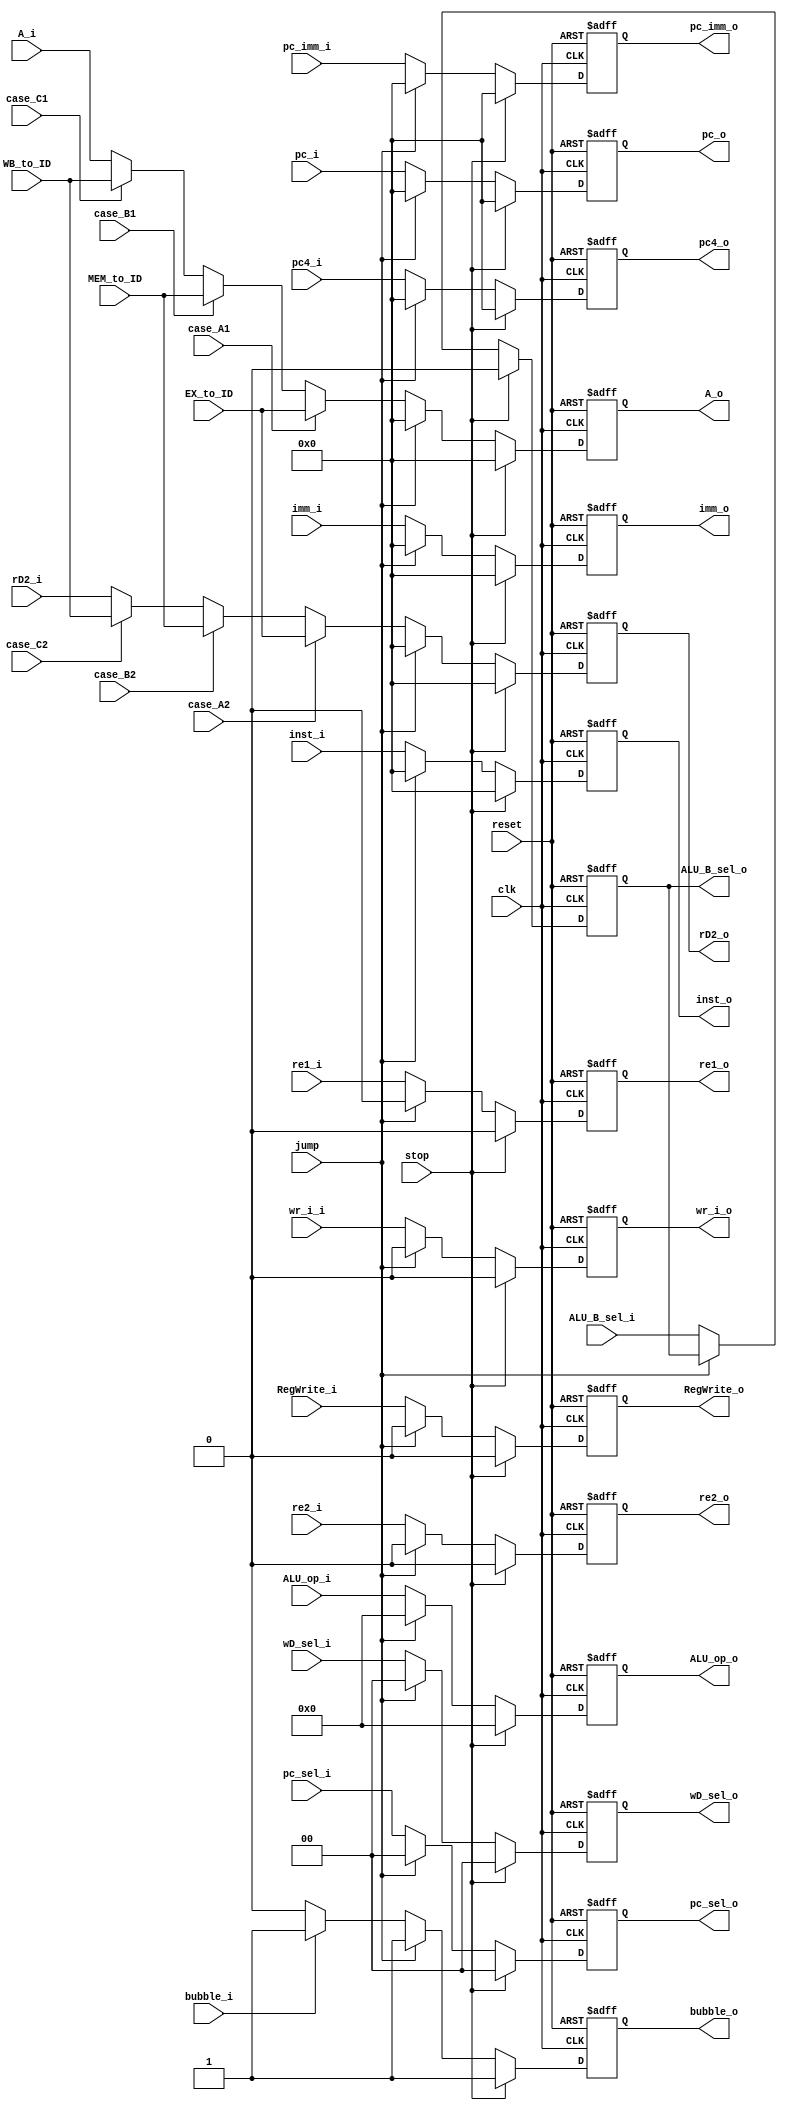
module ID_EX(
    input clk,
    input reset,
    input wr_i_i,
    input jump,
    input stop,
    input  case_A1,
    input  case_B1,
    input  case_C1,
	 input  case_A2,
    input  case_B2,
    input  case_C2,
    input [31:0] EX_to_ID,
    input [31:0] MEM_to_ID,
    input [31:0] WB_to_ID,
    input [1:0] pc_sel_i,
    input [3:0] ALU_op_i,
    input [31:0] A_i,
    //input [31:0] B_i,
    input [31:0] rD2_i,
    input [31:0] inst_i,
    input [31:0] pc_imm_i,
    input bubble_i,
	input [31:0] pc4_i,
	input [1:0] wD_sel_i,
	input [31:0] pc_i,
	input RegWrite_i,
	input [31:0] imm_i,
	input re1_i,
	input re2_i,
	input ALU_B_sel_i,
    output reg wr_i_o,
    output reg [1:0] pc_sel_o,
    output reg [3:0] ALU_op_o,
    output reg [31:0] A_o,
    //output reg [31:0] B_o,
    output reg [31:0] rD2_o,
    output reg [31:0] inst_o,
    output reg [31:0] pc_imm_o,
    output reg bubble_o,
	output reg [31:0] pc4_o,
	output reg [1:0] wD_sel_o,
	output reg [31:0] pc_o,
	output reg RegWrite_o,
	output reg [31:0] imm_o,
	output reg re1_o,
	output reg re2_o,
	output reg ALU_B_sel_o
    );
    always @ (posedge clk or negedge reset)
    begin
        if(~reset) 
        begin
            wr_i_o <= 'h0;
            pc_sel_o <= 2'h0;
            ALU_op_o <= 3'h0;
            A_o <= 32'h0;
            //B_o <= 32'h0;
            rD2_o <= 32'h0;
            inst_o <= 32'h0;
            pc_imm_o <= 32'h0;
            bubble_o <= 1;
	pc4_o <= 32'h0;
	wD_sel_o <= 2'h0;
	pc_o <= 32'h0;
	RegWrite_o <= 0;
	imm_o <= 32'h0;
	re1_o <= 0;
	re2_o <= 0;
	ALU_B_sel_o <= 0;
        end
        else if( stop == 1)
        begin
            wr_i_o <= 'h0;
            pc_sel_o <= 2'h0;
            ALU_op_o <= 3'h0;
            A_o <= 32'h0;
            //B_o <= 32'h0;
            rD2_o <= 32'h0;
            inst_o <= 32'h0;
            pc_imm_o <= 32'h0;
	wD_sel_o <= 2'h0;
	pc4_o <= 32'h0;
	pc_o <= 32'h0;
	RegWrite_o <= 0;
	imm_o <= 32'h0;
	re1_o <= 0;
	re2_o <= 0;
           	ALU_B_sel_o <= 0;
	bubble_o <= 1;
        end
       else if(jump == 1)
	begin
	wr_i_o <= 'h0;
            pc_sel_o <= 2'h0;
            ALU_op_o <= 3'h0;
            A_o <= 32'h0;
            //B_o <= 32'h0;
            rD2_o <= 32'h0;
            inst_o <= 32'h0;
            pc_imm_o <= 32'h0;
	wD_sel_o <= 2'h0;
	pc4_o <= 32'h0;
	pc_o <= 32'h0;
	RegWrite_o <= 0;
	imm_o <= 32'h0;
	re1_o <= 0;
	re2_o <= 0;
	bubble_o <= 1;
	end
    else if(stop==0)//&&jump==0)
        begin  
           if(bubble_i == 1)
            begin
                bubble_o <= 1;
            end
            else
            begin
                bubble_o <= 0;
            end
            
           wr_i_o <= wr_i_i;
           pc_sel_o <= pc_sel_i;
           ALU_op_o <= ALU_op_i;
           
           //rD2_o <= rD2_i;
           inst_o <= inst_i;
           pc_imm_o <= pc_imm_i;
	pc4_o <= pc4_i;
	wD_sel_o <= wD_sel_i;
	pc_o <= pc_i;
	RegWrite_o <= RegWrite_i;
	imm_o <= imm_i;
	re1_o <= re1_i;
	re2_o <= re2_i;
	ALU_B_sel_o <= ALU_B_sel_i;
           if(case_A1 == 1)
           begin
                A_o <= EX_to_ID;
           end
           else if(case_B1 == 1)
           begin
                A_o <= MEM_to_ID;     
           end
           else if(case_C1 == 1 )
           begin
                A_o <= WB_to_ID;
           end
    else
           begin
                A_o <= A_i;
           end
           
           if(case_A2 == 1)
           begin
                //B_o <= EX_to_ID;
	rD2_o<= EX_to_ID; 
           end
           else if(case_B2 == 1)
           begin
               //B_o <= MEM_to_ID;   
	 rD2_o<= MEM_to_ID; 
           end
           else if(case_C2 == 1  )
           begin
               //B_o <= WB_to_ID;
	rD2_o<= WB_to_ID;
           end
           else
           begin
                //B_o <= B_i;
	rD2_o <= rD2_i;
           end 
        end
        else          
	 if(bubble_i == 1)
            begin
                bubble_o <= 1;
            end
            else
            begin
                bubble_o <= 0;
            end;
    end    
endmodule